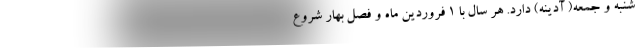
شنبه و جمعه( آدینه) دارد. هر سال با ۱ فروردین ماه و فصل بهار شروع